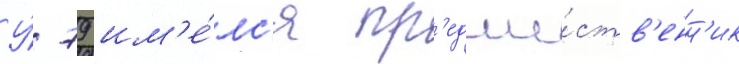
У́ 79 им'е́лс'я пр'едше́ств'енн'ик